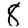
Digit: 8